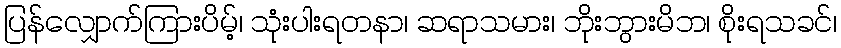
ပြန်လျှောက်ကြားပိမ့်၊ သုံးပါးရတနာ၊ ဆရာသမား၊ ဘိုးဘွားမိဘ၊ စိုးရသခင်၊